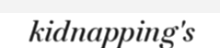
kidnapping's